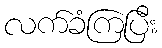
လက်ခံကြပြီး